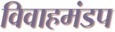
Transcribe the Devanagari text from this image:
विवाहमंडप